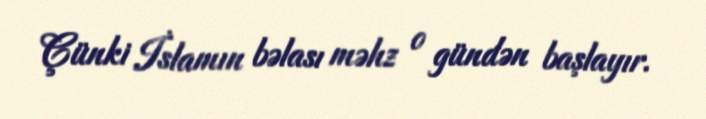
Çünki İslamın bəlası məhz o gündən başlayır.